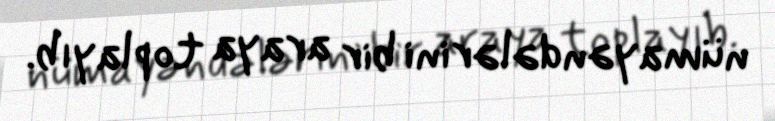
nümayəndələrini bir araya toplayıb.